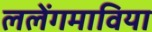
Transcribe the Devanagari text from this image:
ललेंगमाविया